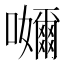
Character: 𭌮